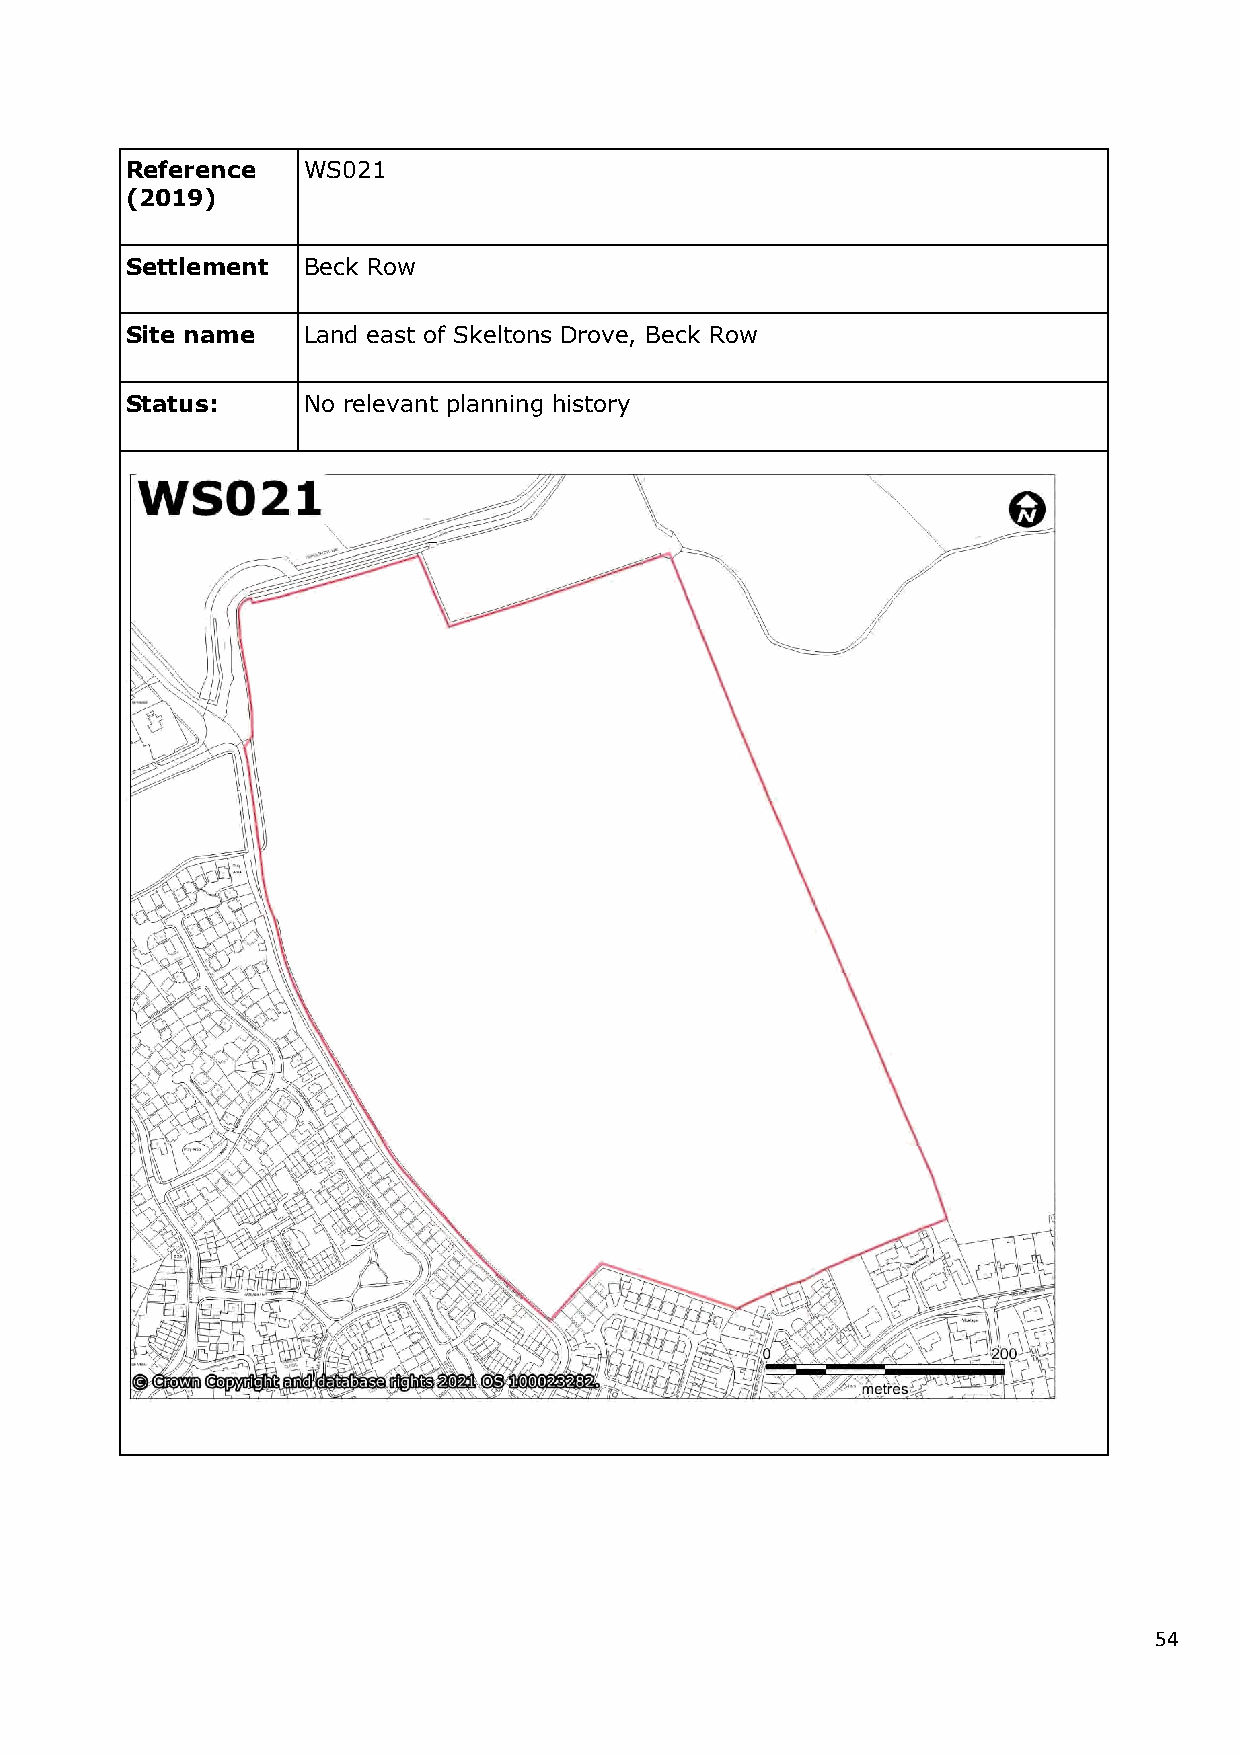
Reference   WS021
 (2019)
 Settlement  Beck Row
 Site name   Land east of Skeltons Drove, Beck Row
 Status:     No relevant planning history
 54